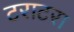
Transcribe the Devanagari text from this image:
टराटरा